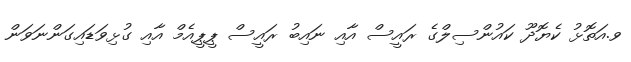
ވ.އަތޮޅު ކެޔޮދޫ ކައުންސިލްގެ ރައީސް އާއި ނައިބު ރައީސް ޕީޕީއެމް އާއި ގުޅިވަޑައިގަންނަވަން